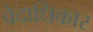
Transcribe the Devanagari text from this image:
वेदाधिकार